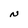
Character: N